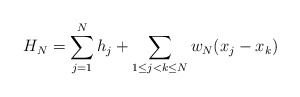
\begin{align*} H_N =\sum_{j=1}^N h_j +\sum_{1\le j<k \le N} w_N(x_j-x_k) \end{align*}